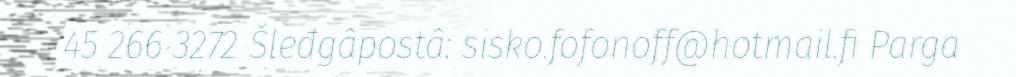
45 266 3272 Šleđgâpostâ: sisko.fofonoff@hotmail.fi Parga